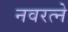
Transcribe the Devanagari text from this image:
नवरत्ने